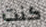
كنت